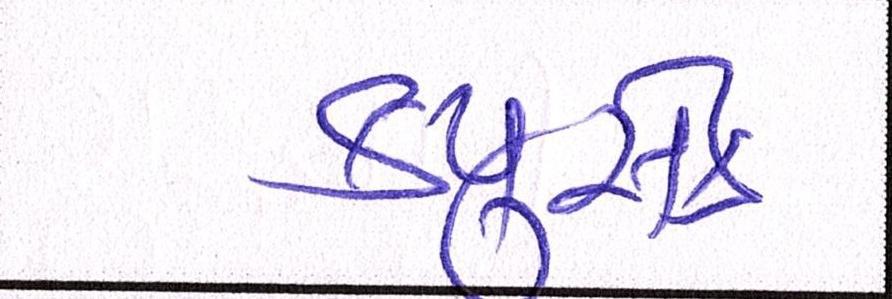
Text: ક્યુસેક